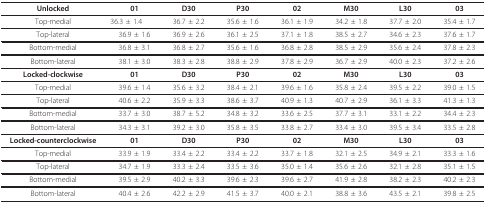
<table><thead><tr><td><b>Unlocked</b></td><td><b>01</b></td><td><b>D30</b></td><td><b>P30</b></td><td><b>02</b></td><td><b>M30</b></td><td><b>L30</b></td><td><b>03</b></td></tr></thead><tbody><tr><td>Top-medial</td><td>36.3 ± 1.4</td><td>36.7 ± 2.2</td><td>35.6 ± 1.6</td><td>36.1 ± 1.9</td><td>34.2 ± 1.8</td><td>37.7 ± 2.0</td><td>35.4 ± 1.7</td></tr><tr><td>Top-lateral</td><td>36.9 ± 1.6</td><td>36.9 ± 2.6</td><td>36.1 ± 2.5</td><td>37.1 ± 1.8</td><td>38.5 ± 2.7</td><td>34.6 ± 2.3</td><td>37.6 ± 1.7</td></tr><tr><td>Bottom-medial</td><td>36.8 ± 3.1</td><td>36.8 ± 2.7</td><td>35.6 ± 1.6</td><td>36.8 ± 2.8</td><td>38.5 ± 2.9</td><td>35.6 ± 2.4</td><td>37.8 ± 2.3</td></tr><tr><td>Bottom-lateral</td><td>38.1 ± 3.0</td><td>38.3 ± 2.8</td><td>38.8 ± 2.9</td><td>37.8 ± 2.9</td><td>36.7 ± 2.9</td><td>40.0 ± 2.3</td><td>37.2 ± 2.6</td></tr><tr><td><b>Locked-clockwise</b></td><td><b>01</b></td><td><b>D30</b></td><td><b>P30</b></td><td><b>02</b></td><td><b>M30</b></td><td><b>L30</b></td><td><b>03</b></td></tr><tr><td>Top-medial</td><td>39.6 ± 1.4</td><td>35.6 ± 3.2</td><td>38.4 ± 2.1</td><td>39.6 ± 1.6</td><td>35.8 ± 2.4</td><td>39.5 ± 2.2</td><td>39.0 ± 1.5</td></tr><tr><td>Top-lateral</td><td>40.6 ± 2.2</td><td>35.9 ± 3.3</td><td>38.6 ± 3.7</td><td>40.9 ± 1.3</td><td>40.7 ± 2.9</td><td>36.1 ± 3.3</td><td>41.3 ± 1.3</td></tr><tr><td>Bottom-medial</td><td>33.7 ± 3.0</td><td>38.7 ± 5.2</td><td>34.8 ± 3.2</td><td>33.6 ± 2.5</td><td>37.7 ± 3.1</td><td>33.1 ± 2.2</td><td>34.4 ± 2.3</td></tr><tr><td>Bottom-lateral</td><td>34.3 ± 3.1</td><td>39.2 ± 3.0</td><td>35.8 ± 3.5</td><td>33.8 ± 2.7</td><td>33.4 ± 3.0</td><td>39.5 ± 3.4</td><td>33.5 ± 2.8</td></tr><tr><td><b>Locked-counterclockwise</b></td><td><b>01</b></td><td><b>D30</b></td><td><b>P30</b></td><td><b>02</b></td><td><b>M30</b></td><td><b>L30</b></td><td><b>03</b></td></tr><tr><td>Top-medial</td><td>33.9 ± 1.9</td><td>33.4 ± 2.2</td><td>33.4 ± 2.2</td><td>33.7 ± 1.8</td><td>32.1 ± 2.5</td><td>34.9 ± 2.1</td><td>33.3 ± 1.6</td></tr><tr><td>Top-lateral</td><td>34.7 ± 1.9</td><td>33.3 ± 2.4</td><td>33.5 ± 3.6</td><td>35.0 ± 1.4</td><td>35.6 ± 2.6</td><td>32.1 ± 2.8</td><td>35.1 ± 1.5</td></tr><tr><td>Bottom-medial</td><td>39.5 ± 2.9</td><td>40.2 ± 3.3</td><td>39.6 ± 2.3</td><td>39.6 ± 2.7</td><td>41.9 ± 2.8</td><td>38.2 ± 2.3</td><td>40.2 ± 2.3</td></tr><tr><td>Bottom-lateral</td><td>40.4 ± 2.6</td><td>42.2 ± 2.9</td><td>41.5 ± 3.7</td><td>40.0 ± 2.1</td><td>38.8 ± 3.6</td><td>43.5 ± 2.1</td><td>39.8 ± 2.5</td></tr></tbody></table>